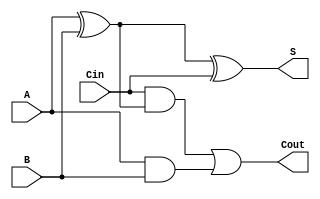
/*************************************************
*	Sean Webster
*	ADSD - Summer 2016 - Martin Margala
*	Homework 2
*
*	adder_1.v				
* 
*	1 bit full adder
*	
**************************************************/

module adder_1(S, Cout, A, B, Cin);
	input A, B, Cin;		
	output S, Cout;
	wire s1, s2, s3;		

	xor(s1, A, B);
	xor(S, s1, Cin);
	and(s2, Cin, s1);
	and(s3, A, B);
	or(Cout, s2, s3);

endmodule